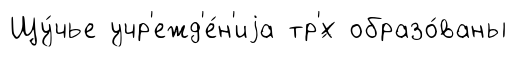
Щу́чье учр'ежд'е́н'иjа тр'́х образо́ваны